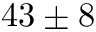
4 3 \pm 8